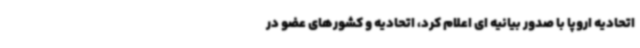
اتحادیه اروپا با صدور بیانیه ای اعلام کرد، اتحادیه و کشورهای عضو در